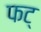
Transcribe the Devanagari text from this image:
फट्